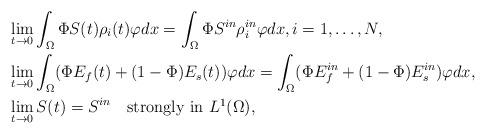
LaTeX: \begin{align*}&\lim_{t\to 0}\int_\Omega \Phi S(t)\rho_i(t)\varphi dx =\int_\Omega \Phi S^{in}\rho^{in}_i\varphi dx,i=1, \ldots , N,\\&\lim_{t\to 0}\int_\Omega (\Phi E_f(t) + (1-\Phi)E_s(t))\varphi dx =\int_\Omega (\Phi E_f^{in} + (1-\Phi)E_s^{in})\varphi dx,\\&\lim_{t\to 0}S(t) = S^{in}\quad\mbox{strongly in $L^1(\Omega)$,}\end{align*}